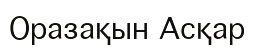
Оразақын Асқар